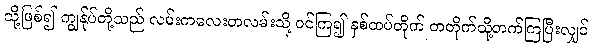
သို့ဖြစ်၍ ကျွန်ုပ်တို့သည် လမ်းကလေးတလမ်းသို့ ဝင်ကြ၍ နှစ်ထပ်တိုက် တတိုက်သို့တက်ကြပြီးလျှင်